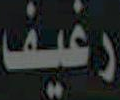
رغيف